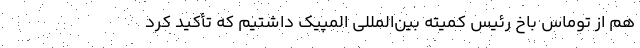
هم از توماس باخ رئیس کمیته بین‌المللی المپیک داشتیم که تأکید کرد